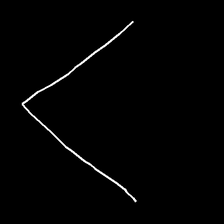
Glyph: region